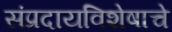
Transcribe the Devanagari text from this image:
संप्रदायविशेषाचे